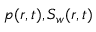
p ( r , t ) , S _ { w } ( r , t )